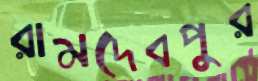
রামদেবপুর